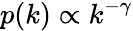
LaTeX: p(k)\propto k^{-\gamma}